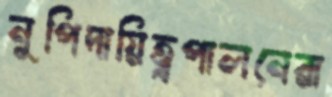
নুপিদায়িত্বপালনেরা